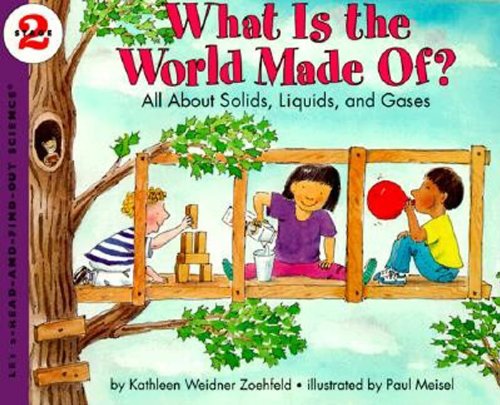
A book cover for What Is the World Made Of? All About Solids, Liquids, and Gases (Let's-Read-and-Find-Out Science, Stage 2); Kathleen Weidner Zoehfeld; Children's Books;